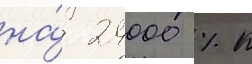
на́ 24000 % к